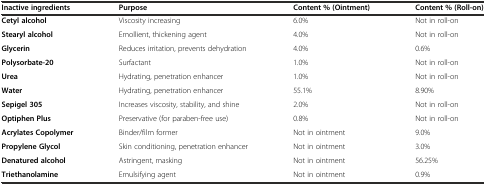
<table><thead><tr><td><b>Inactive ingredients</b></td><td><b>Purpose</b></td><td><b>Content % (Ointment)</b></td><td><b>Content % (Roll-on)</b></td></tr></thead><tbody><tr><td><b>Cetyl alcohol</b></td><td>Viscosity increasing</td><td>6.0%</td><td>Not in roll-on</td></tr><tr><td><b>Stearyl alcohol</b></td><td>Emollient, thickening agent</td><td>4.0%</td><td>Not in roll-on</td></tr><tr><td><b>Glycerin</b></td><td>Reduces irritation, prevents dehydration</td><td>4.0%</td><td>0.6%</td></tr><tr><td><b>Polysorbate-20</b></td><td>Surfactant</td><td>1.0%</td><td>Not in roll-on</td></tr><tr><td><b>Urea</b></td><td>Hydrating, penetration enhancer</td><td>1.0%</td><td>Not in roll-on</td></tr><tr><td><b>Water</b></td><td>Hydrating, penetration enhancer</td><td>55.1%</td><td>8.90%</td></tr><tr><td><b>Sepigel 305</b></td><td>Increases viscosity, stability, and shine</td><td>2.0%</td><td>Not in roll-on</td></tr><tr><td><b>Optiphen Plus</b></td><td>Preservative (for paraben-free use)</td><td>0.8%</td><td>Not in roll-on</td></tr><tr><td><b>Acrylates Copolymer</b></td><td>Binder/film former</td><td>Not in ointment</td><td>9.0%</td></tr><tr><td><b>Propylene Glycol</b></td><td>Skin conditioning, penetration enhancer</td><td>Not in ointment</td><td>3.0%</td></tr><tr><td><b>Denatured alcohol</b></td><td>Astringent, masking</td><td>Not in ointment</td><td>56.25%</td></tr><tr><td><b>Triethanolamine</b></td><td>Emulsifying agent</td><td>Not in ointment</td><td>0.9%</td></tr></tbody></table>